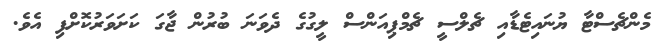
މެންޗެސްޓާ ޔުނައިޓެޑާއި ޗެލްސީ ޗެމްޕިއަންސް ލީގުގެ ދެވަނަ ބުރުން ޖާގަ ކަށަވަރުކޮށްފި އެވެ.